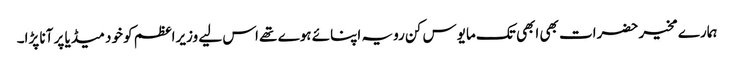
ہمارے مخیر حضرات بھی ابھی تک مایوس کن رویہ اپنائے ہوے تھے اس لیے وزیراعظم کو خود میڈیا پر آنا پڑا۔